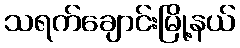
သရက်ချောင်းမြို့နယ်